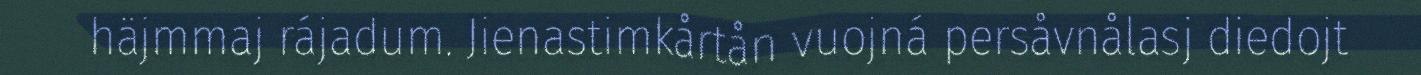
häjmmaj rájadum. Jienastimkårtån vuojná persåvnålasj diedojt